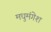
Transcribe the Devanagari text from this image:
मधुमंगेश